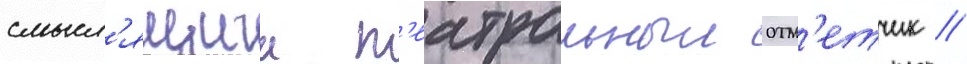
смысл'ящии т'еатральныи отм'етчик /